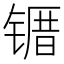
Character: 𫠀